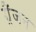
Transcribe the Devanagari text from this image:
ग्रैंजन